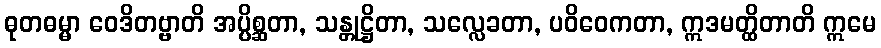
ဓုတဓမ္မာ ဝေဒိတဗ္ဗာတိ အပ္ပိစ္ဆတာ, သန္တုဋ္ဌိတာ, သလ္လေခတာ, ပဝိဝေကတာ, ဣဒမတ္ထိတာတိ ဣမေ